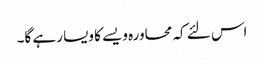
اس لئے کہ محاورہ ویسے کا ویسا رہے گا۔